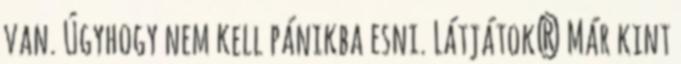
van. Úgyhogy nem kell pánikba esni. Látjátok? Már kint